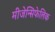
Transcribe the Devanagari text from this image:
मीजेन्सिफेलिक